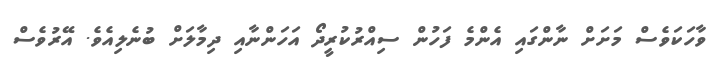
ވާހަކަވެސް މަށަށް ނާންގައި އެންމެ ފަހުން ސިއްރުކުރީދޯ އަހަންނާއި ދިމާލަށް ބުނެލިއެވެ. އޭރުވެސް